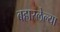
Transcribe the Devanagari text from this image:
बहारलेल्या